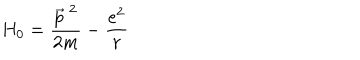
H _ { 0 } = \frac { \vec { p } ^ { ~ 2 } } { 2 m } - \frac { e ^ { 2 } } { r }